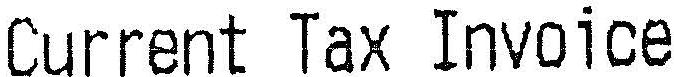
CURRENT TAX INVOICE